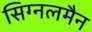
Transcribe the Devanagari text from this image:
सिग्नलमैन